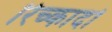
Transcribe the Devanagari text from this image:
रिच्कार्दो